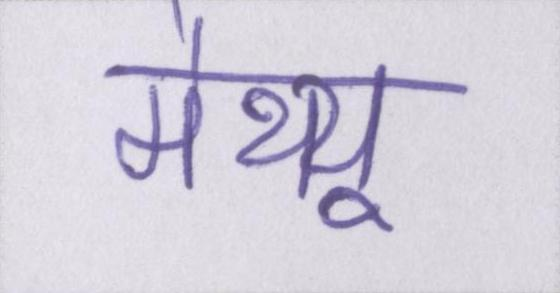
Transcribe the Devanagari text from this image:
मैथ्यू